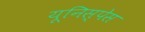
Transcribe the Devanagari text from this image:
यूनिस्पेस